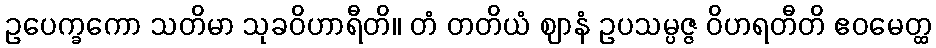
ဥပေက္ခကော သတိမာ သုခဝိဟာရီတိ။ တံ တတိယံ ဈာနံ ဥပသမ္ပဇ္ဇ ဝိဟရတီတိ ဧဝမေတ္ထ